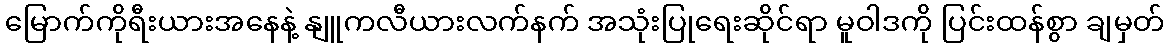
မြောက်ကိုရီးယားအနေနဲ့ နျူကလီယားလက်နက် အသုံးပြုရေးဆိုင်ရာ မူဝါဒကို ပြင်းထန်စွာ ချမှတ်